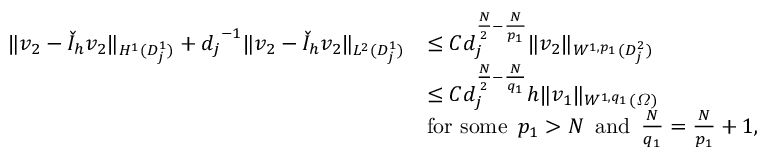
\begin{array} { r l } { \| v _ { 2 } - \check { I } _ { h } v _ { 2 } \| _ { H ^ { 1 } ( D _ { j } ^ { 1 } ) } + { d _ { j } } ^ { - 1 } \| v _ { 2 } - \check { I } _ { h } v _ { 2 } \| _ { L ^ { 2 } ( D _ { j } ^ { 1 } ) } } & { \leq C d _ { j } ^ { \frac { N } { 2 } - \frac { N } { p _ { 1 } } } \| v _ { 2 } \| _ { W ^ { 1 , p _ { 1 } } ( D _ { j } ^ { 2 } ) } } \\ & { \leq C d _ { j } ^ { \frac { N } { 2 } - \frac { N } { q _ { 1 } } } h \| v _ { 1 } \| _ { W ^ { 1 , q _ { 1 } } ( \varOmega ) } } \\ & { \mathrm { f o r ~ s o m e } \, \, \, p _ { 1 } > N \, \, \, \mathrm { a n d } \, \, \, \frac { N } { q _ { 1 } } = \frac { N } { p _ { 1 } } + 1 , } \end{array}